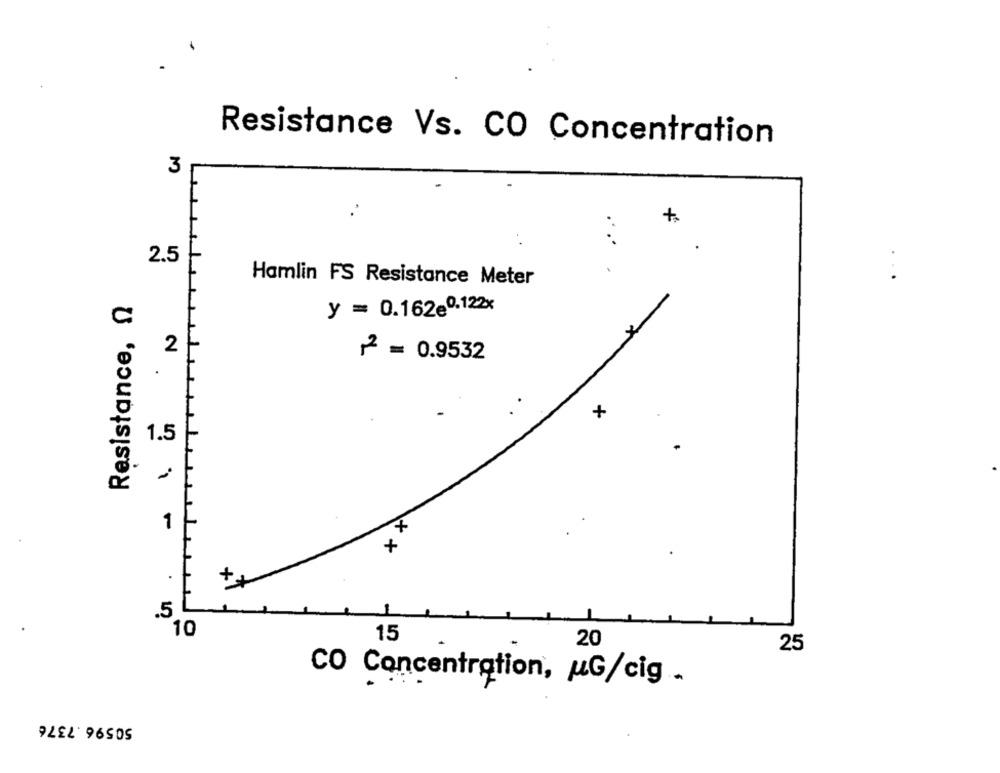
Resistance Vs. CO Concentration
3
2.5
Hamlin FS Resistance Meter
Resistance, 2
y = 0.162e0,122x
C
2
2 = 0.9532
.
..
1.5
3.
1
**
.
++
.5
10
15
20
25
CO Concentration, MG/cig .
50596.7376